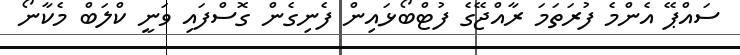
ސައްޕޭ އެންމެ ފުރަތަމަ ރާއްޖޭގެ ފުޓްބޯޅައިން ފެނިގެން ގޮސްފައި ވަނީ ކްލަބް މެކާނޯ